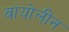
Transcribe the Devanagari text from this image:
वायोलीन